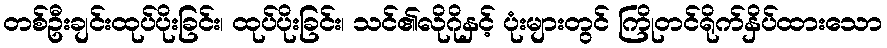
တစ်ဦးချင်းထုပ်ပိုးခြင်း၊ ထုပ်ပိုးခြင်း၊ သင်၏လိုဂိုနှင့် ပုံးများတွင် ကြိုတင်ရိုက်နှိပ်ထားသော